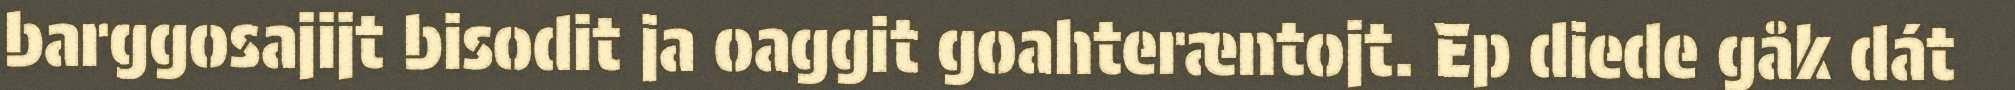
barggosajijt bisodit ja oaggit goahteræntojt. Ep diede gåk dát